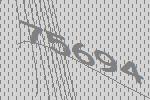
75694